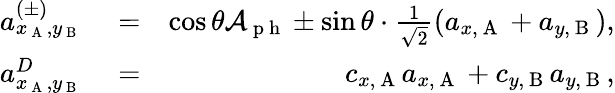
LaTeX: \begin{array}{rlr}{a_{x_{\mathrm{~A~}},y_{\mathrm{~B~}}}^{(\pm)}}&{{}=}&{\cos{\theta}\mathcal{A}_{\mathrm{~p~h~}}\pm\sin{\theta}\cdot\frac{1}{\sqrt{2}}(a_{x,\mathrm{~A~}}+a_{y,\mathrm{~B~}}),}\\ {a_{x_{\mathrm{~A~}},y_{\mathrm{~B~}}}^{D}}&{{}=}&{c_{x,\mathrm{~A~}}a_{x,\mathrm{~A~}}+c_{y,\mathrm{~B~}}a_{y,\mathrm{~B~}},}\end{array}